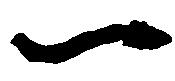
一